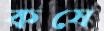
কষে